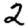
Digit: 2